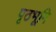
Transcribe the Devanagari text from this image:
पृठभूमि